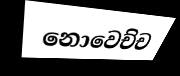
නොවෙච්ච